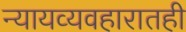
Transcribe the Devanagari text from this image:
न्यायव्यवहारातही